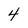
Character: 4